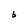
Character: b